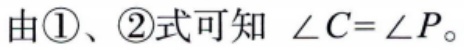
由\textcircled{1}、\textcircled{2}式可知 $\angle C=\angle P$。